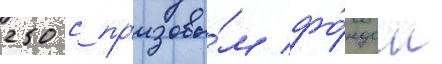
250 с пр'изовы́м фо́ндом